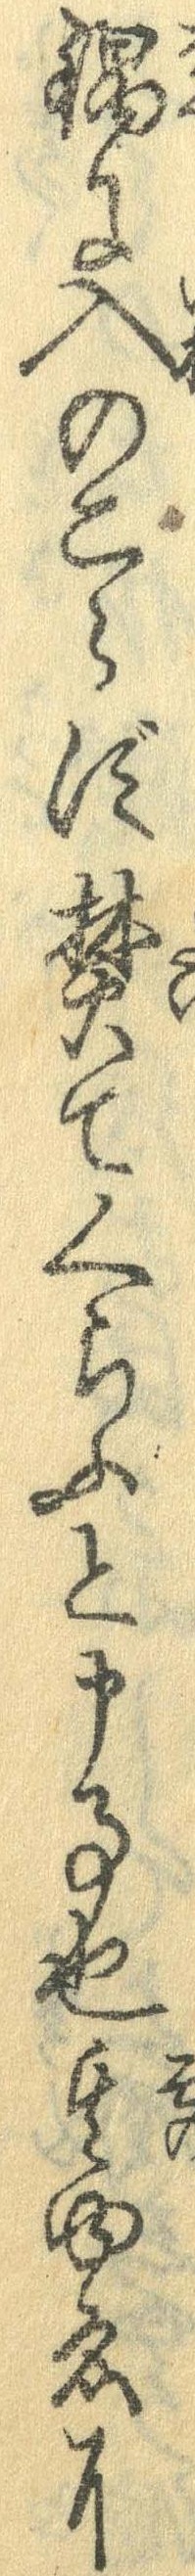
鍋に入のこらず焚てくらふと申事也其ゆゑに